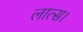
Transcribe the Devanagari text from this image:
लात्स।